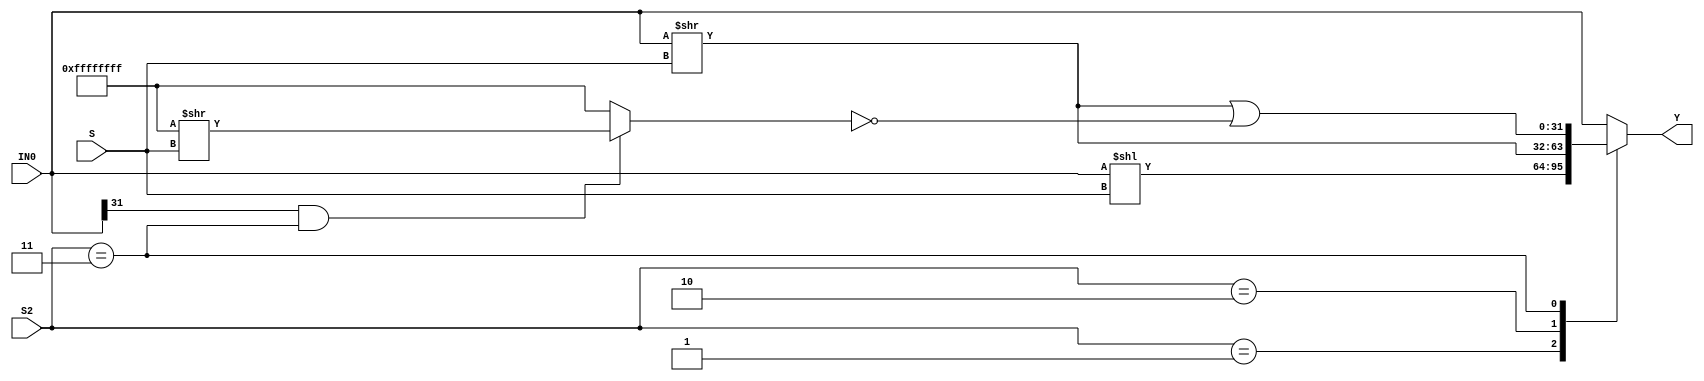


module shifter(IN0,S,S2,Y);

  input [31:0] IN0;
  input [4:0] S;
  input [1:0] S2;
  output [31:0] Y;

  reg [31:0] Y;
  reg [31:0] mask;

  always @(IN0 or S or S2) begin

    mask = 32'hFFFFFFFF ;
    if((IN0[31] == 1) && (S2 == 2'b11)) mask = (mask >> S) ;

    case(S2)
           2'b01: Y = (IN0 << S);              // SLL, SLLI
           2'b10: Y = (IN0 >> S);              // SRL, SRLI
           2'b11: Y = ((IN0 >> S) | (~mask));  // SRA, SRAI
         default: Y = IN0 ;                    // don't care
    endcase
  end
endmodule